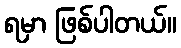
ရမှာ ဖြစ်ပါတယ်။